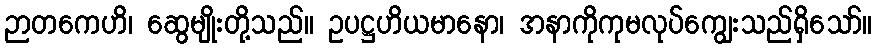
ဉာတကေဟိ၊ ဆွေမျိုးတို့သည်။ ဥပဋ္ဌဟိယမာနော၊ အနာကိုကုမလုပ်ကျွေးသည်ရှိသော်။